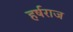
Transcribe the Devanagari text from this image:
हर्षराज